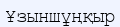
Ұзыншұңқыр